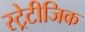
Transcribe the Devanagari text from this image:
स्ट्रेटीजिक